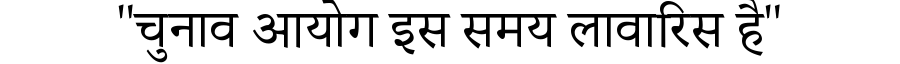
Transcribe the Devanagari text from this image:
"चुनाव आयोग इस समय लावारिस है"